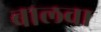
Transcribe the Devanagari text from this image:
बालवा